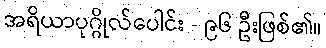
အရိယာပုဂ္ဂိုလ်ပေါင်း - ၉၆ ဦးဖြစ်၏။